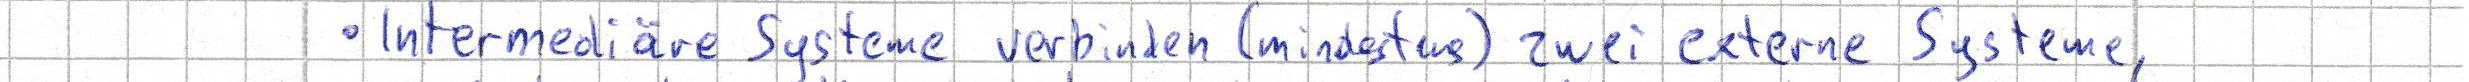
- Intermediäre Systeme verbinden (mindestens) zwei externe Systeme,